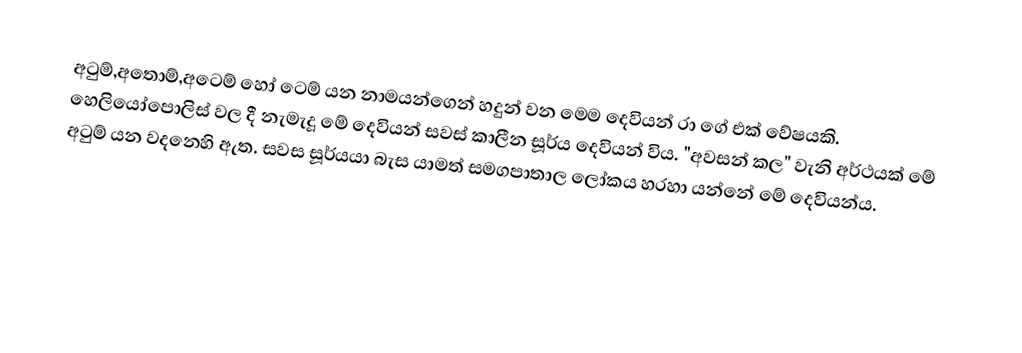
අටුම්,අතොම්,අටෙම් හෝ ටෙම් යන නාමයන්ගෙන් හදුන් වන මෙම දෙවියන් රා ගේ එක් වේෂයකි. හෙලියෝපොලිස් වල දී නැමැදූ මේ දෙවියන් සවස් කාලීන සූර්ය දෙවියන් විය. "අවසන් කල" වැනි අර්ථයක් මේ අටුම් යන වදනෙහි ඇත. සවස සූර්යයා බැස යාමත් සමගපාතාල ලෝකය හරහා යන්නේ මේ දෙවියන්ය.